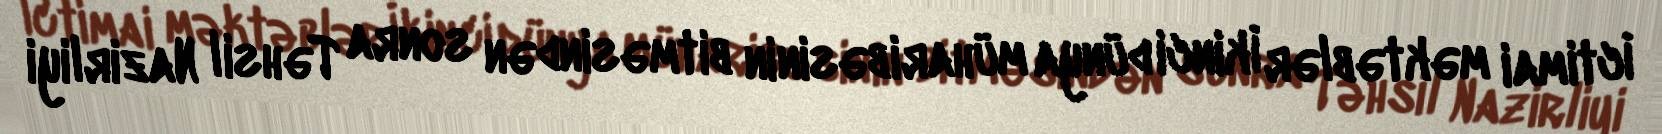
İctimai məktəblər İkinci dünya müharibəsinin bitməsindən sonra Təhsil Nazirliyi